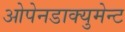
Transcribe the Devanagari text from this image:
ओपेनडाक्युमेन्ट